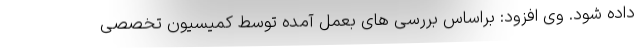
داده شود. وی افزود: براساس بررسی های بعمل آمده توسط کمیسیون تخصصی